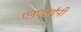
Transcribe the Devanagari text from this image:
एनएलईपी